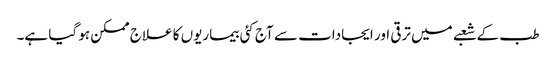
طب کے شعبے میں ترقی اور ایجادات سے آج کئی بیماریوں کا علاج ممکن ہو گیا ہے۔